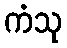
ကံသု